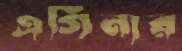
এগিনার